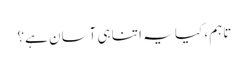
تاہم، کیا یہ اتنا ہی آسان ہے؟